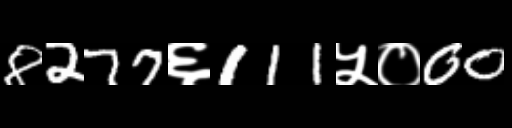
Text: 8277६111५०00